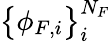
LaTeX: \big\{ \phi_{F,i}\big\} _{i}^{N_{F}}